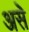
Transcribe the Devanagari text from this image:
असॆे